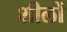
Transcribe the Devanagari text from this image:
शीलों